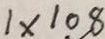
1 \times 1 0 8